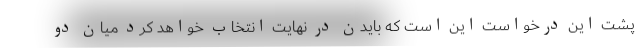
پشت این درخواست این است که بایدن در نهایت انتخاب خواهد کرد میان دو